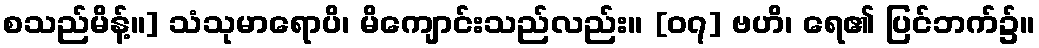
စသည်မိန့်။] သံသုမာရောပိ၊ မိကျောင်းသည်လည်း။ [၀၇] ဗဟိ၊ ရေ၏ ပြင်ဘက်၌။